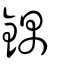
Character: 鍝